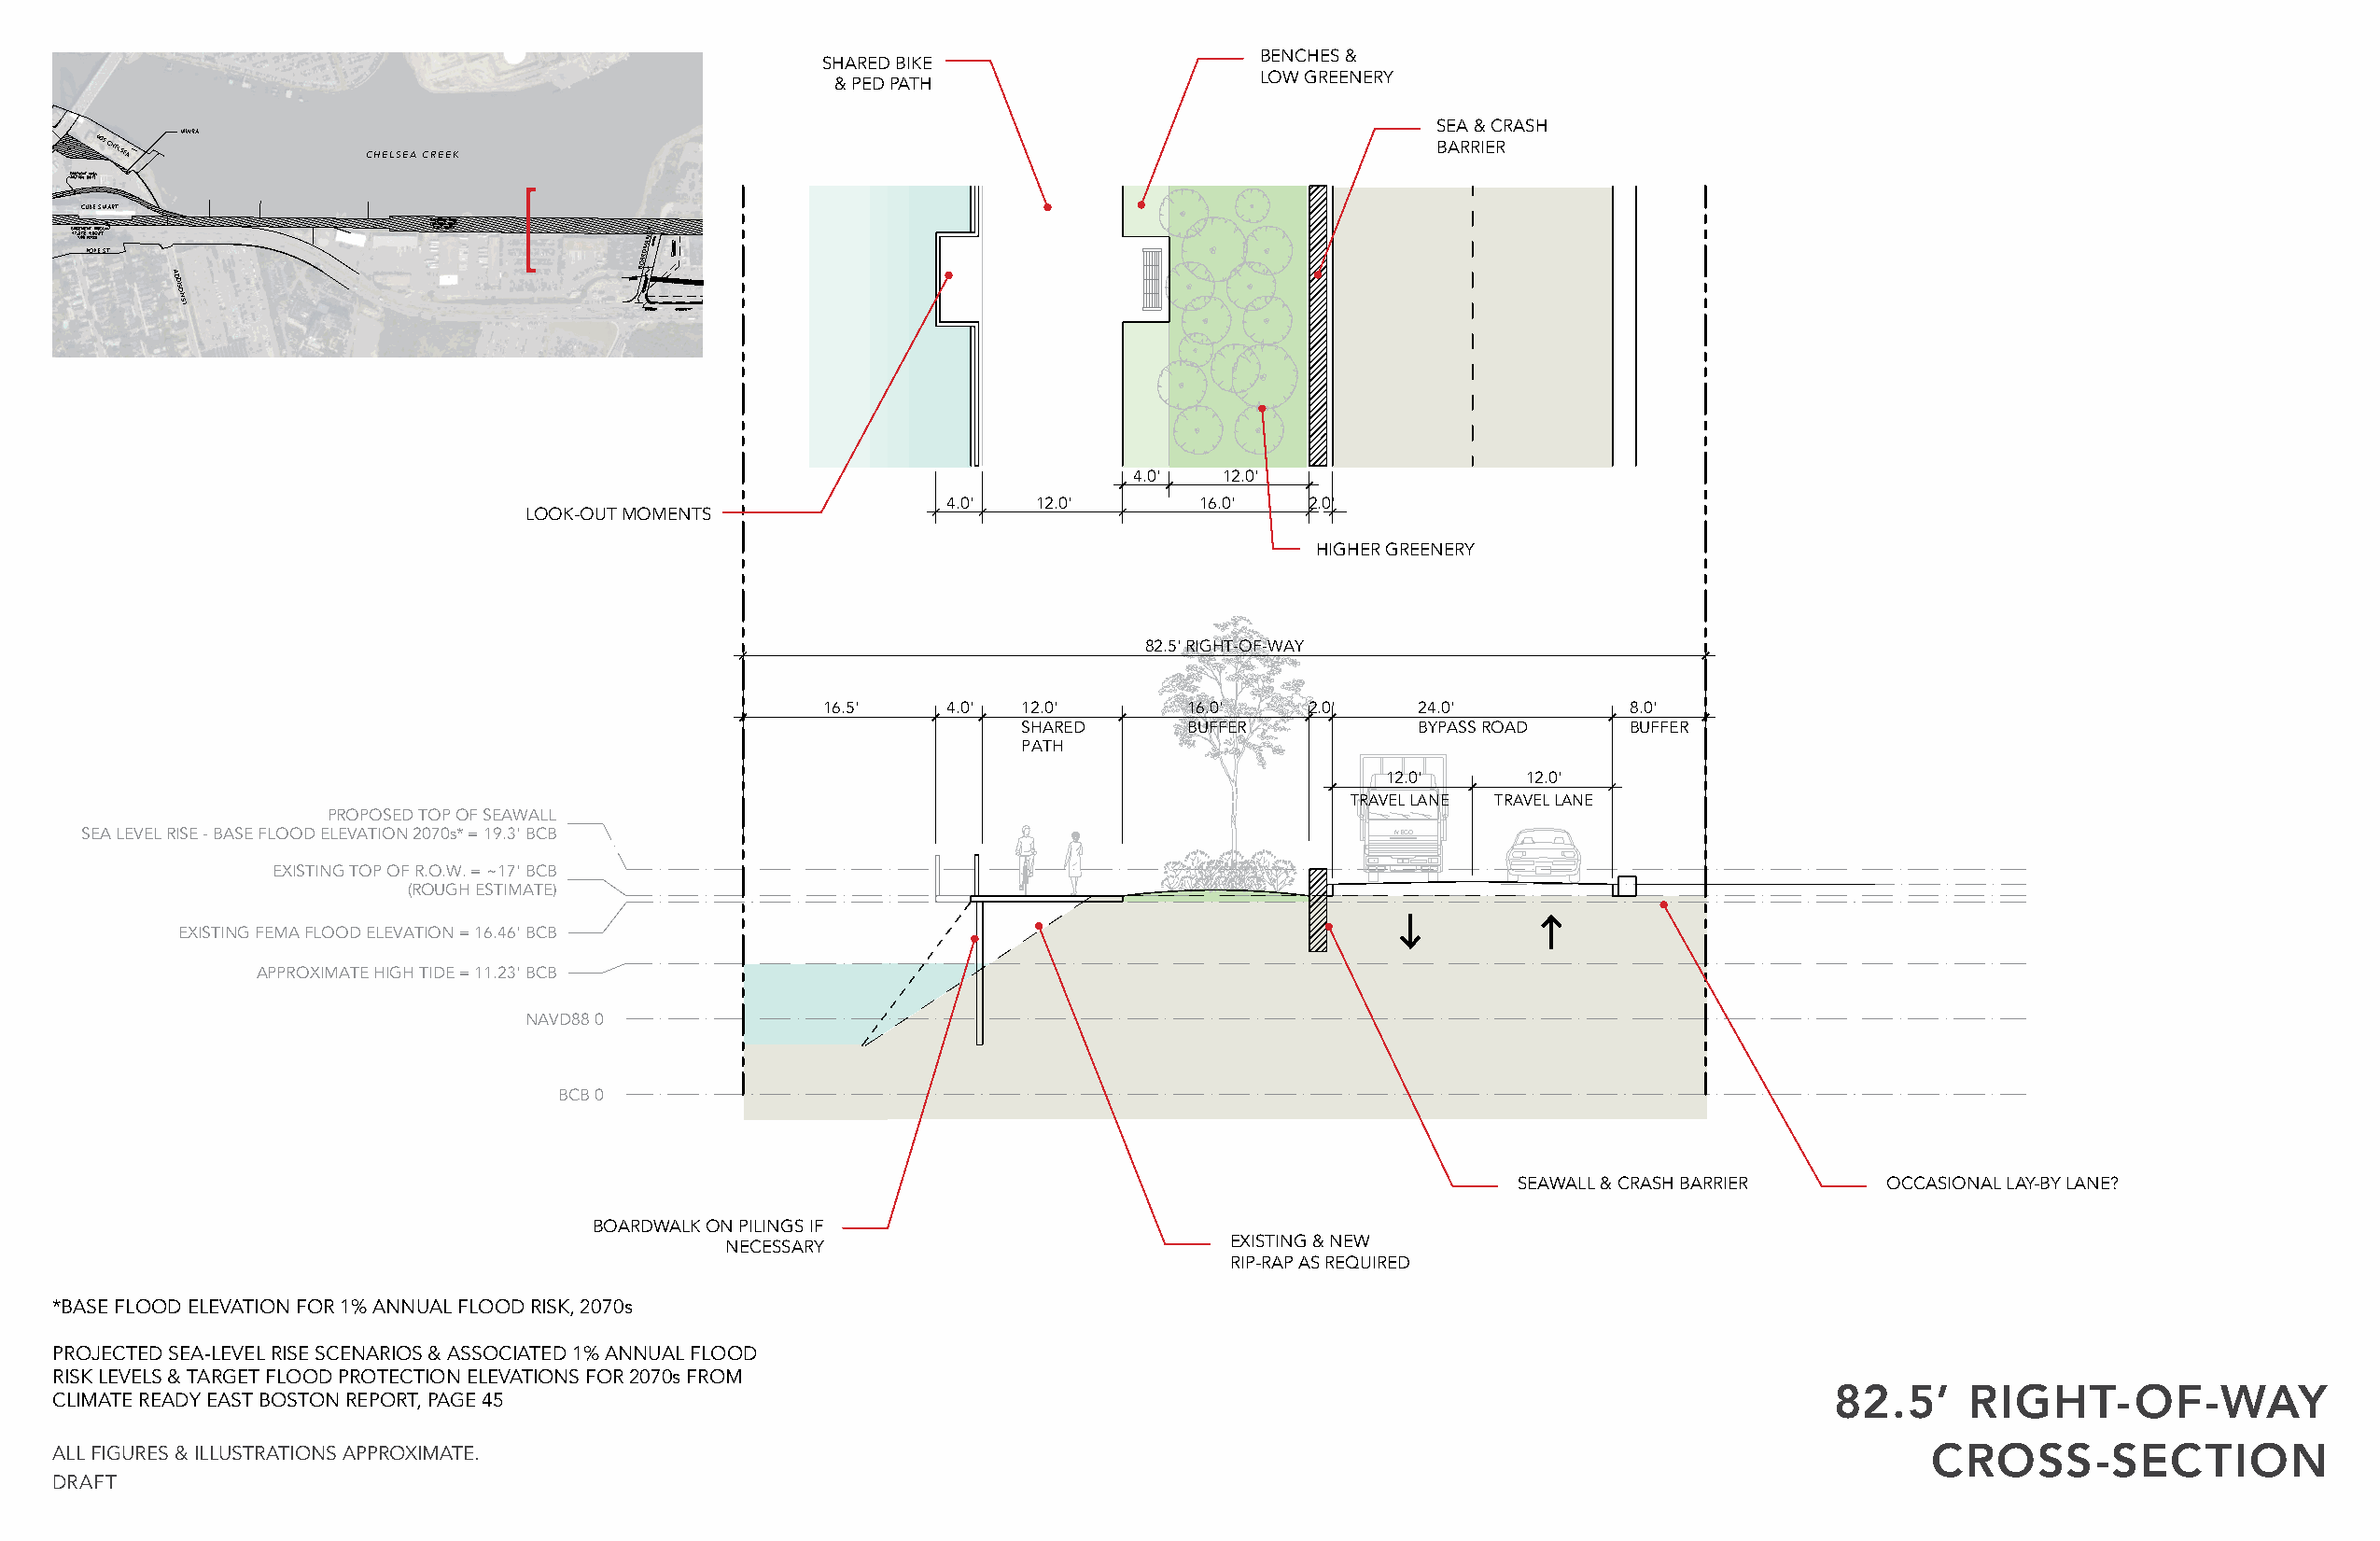
CHELSEA
 ST
 BENCHES &
 SHARED BIKE
 LOW GREENERY
 & PED PATH
 MWRA
 SEA & CRASH
 MWRA
 605 CHELSEA
 CHELSEA CREEK
 BARRIER
 CUBE SMART
 CL EL RA SN
 T
 HIGHWAY
 POPE ST
 ADDISON
 ST
 BOARDMAN
 ST
 440       480
 P BT A OH R SR K TIF I ONT NGY
 McCLELLAN HWY
 LEYDEN
 ST
 WALDEMAR
 AVE
 TOMESELLO
 WAY
 TIR EV RI MNG
 IN
 AO LIL
 S
 4.0'   12.0'
 4.0'  12.0'       16.0'   2.0'
 LOOK-OUT MOMENTS
 HIGHER GREENERY
 SITE AND LOCATION  PLAN
 160, 440, 480 MCCLELLAN
 82.5' RIGHT-OF-WAY
 PAGE 3
 16.5'    4.0' 12.0'       16.0'    2.0'    24.0'          8.0'
 SHARED      BUFFER           BYPASS ROAD    BUFFER
 PATH
 12.0'     12.0'
 TRAVEL LANE TRAVEL LANE
 PROPOSED TOP OF SEAWALL
 SEA LEVEL RISE - BASE FLOOD ELEVATION 2070s* = 19.3' BCB                                     IVECO
 EXISTING TOP OF R.O.W. = ~17' BCB
 (ROUGH ESTIMATE)
 EXISTING FEMA FLOOD ELEVATION = 16.46' BCB
 APPROXIMATE HIGH TIDE = 11.23' BCB
 NAVD88 0
 BCB 0
 SEAWALL & CRASH BARRIER   OCCASIONAL LAY-BY LANE?
 BOARDWALK ON PILINGS IF
 NECESSARY                           EXISTING & NEW
 RIP-RAP AS REQUIRED
 *BASE FLOOD ELEVATION FOR 1% ANNUAL FLOOD RISK, 2070s
 PROJECTED SEA-LEVEL RISE SCENARIOS & ASSOCIATED 1% ANNUAL FLOOD
 RISK LEVELS & TARGET FLOOD PROTECTION ELEVATIONS FOR 2070s FROM
 82.5’     RIGHT-OF-WAY
 CLIMATE READY EAST BOSTON REPORT, PAGE 45
 ALL FIGURES & ILLUSTRATIONS APPROXIMATE.                                                                                             CROSS-SECTION
 DRAFT | 7 JUNE 2018
 PAGE 6